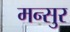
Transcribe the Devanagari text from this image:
मन्सुर